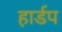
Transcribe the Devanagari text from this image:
हार्डप